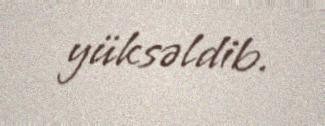
yüksəldib.